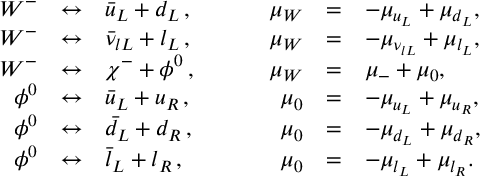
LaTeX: \begin{array} { r c l c r c l } { { W ^ { - } } } & { { \leftrightarrow } } & { { \bar { u } _ { L } + d _ { L } \, , } } & { { ~ ~ ~ ~ } } & { { \mu _ { W } } } & { { = } } & { { - \mu _ { u _ { L } } + \mu _ { d _ { L } } , } } \\ { { W ^ { - } } } & { { \leftrightarrow } } & { { \bar { \nu } _ { l L } + l _ { L } \, , } } & { { } } & { { \mu _ { W } } } & { { = } } & { { - \mu _ { \nu _ { l L } } + \mu _ { l _ { L } } , } } \\ { { W ^ { - } } } & { { \leftrightarrow } } & { { \chi ^ { - } + \phi ^ { 0 } \, , } } & { { } } & { { \mu _ { W } } } & { { = } } & { { \mu _ { - } + \mu _ { 0 } , } } \\ { { \phi ^ { 0 } } } & { { \leftrightarrow } } & { { \bar { u } _ { L } + u _ { R } \, , } } & { { } } & { { \mu _ { 0 } } } & { { = } } & { { - \mu _ { u _ { L } } + \mu _ { u _ { R } } , } } \\ { { \phi ^ { 0 } } } & { { \leftrightarrow } } & { { \bar { d } _ { L } + d _ { R } \, , } } & { { } } & { { \mu _ { 0 } } } & { { = } } & { { - \mu _ { d _ { L } } + \mu _ { d _ { R } } , } } \\ { { \phi ^ { 0 } } } & { { \leftrightarrow } } & { { \bar { l } _ { L } + l _ { R } \, , } } & { { } } & { { \mu _ { 0 } } } & { { = } } & { { - \mu _ { l _ { L } } + \mu _ { l _ { R } } . } } \end{array}